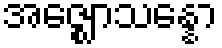
အဇ္ဈောသန္နော